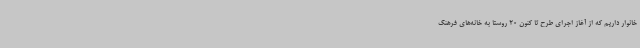
خانوار داریم که از آغاز اجرای طرح تا کنون 20 روستا به خانه‌های فرهنگ